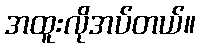
အထူးလိုအပ်တယ်။